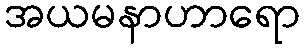
အယမနာဟာရော